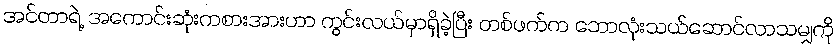
အင်တာရဲ့ အကောင်းဆုံးကစားအားဟာ ကွင်းလယ်မှာရှိခဲ့ပြီး တစ်ဖက်က ဘောလုံးသယ်ဆောင်လာသမျှကို